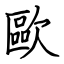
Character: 歐